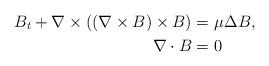
LaTeX: \begin{align*}B_t+ \nabla\times ((\nabla\times B)\times B)=&\ \mu\Delta B, \\\nabla\cdot B=&\ 0\end{align*}